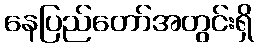
နေပြည်တော်အတွင်းရှိ